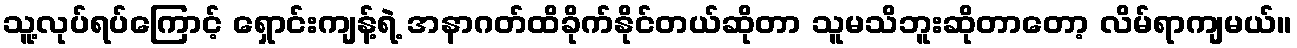
သူ့လုပ်ရပ်ကြောင့် ရှောင်းကျန့်ရဲ့ အနာဂတ်ထိခိုက်နိုင်တယ်ဆိုတာ သူမသိဘူးဆိုတာတော့ လိမ်ရာကျမယ်။